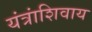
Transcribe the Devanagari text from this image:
यंत्रांशिवाय